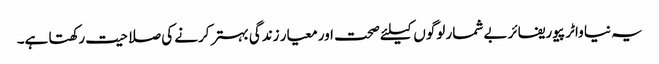
یہ نیا واٹر پیوریفائر بے شمار لوگوں کیلئے صحت اور معیار زندگی بہتر کرنے کی صلاحیت رکھتا ہے۔